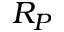
R _ { P }